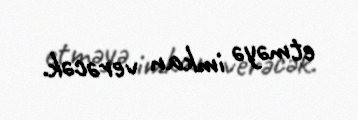
etməyə imkan verəcək.